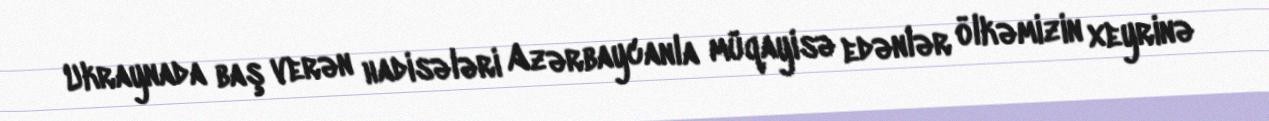
Ukraynada baş verən hadisələri Azərbaycanla müqayisə edənlər ölkəmizin xeyrinə